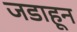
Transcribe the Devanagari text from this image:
जडाहून